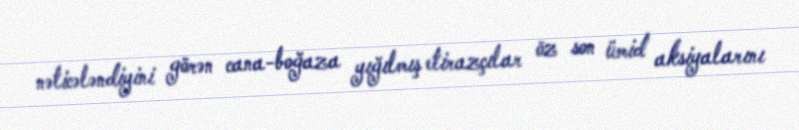
nəticələndiyini görən cana-boğaza yığılmış etirazçılar öz son ümid aksiyalarını